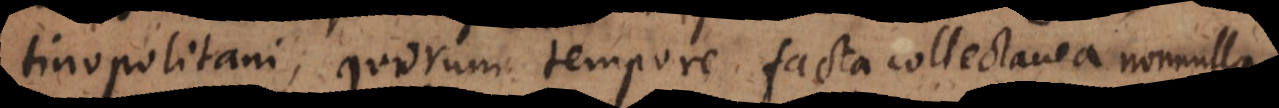
tinopolitani, quorum tempore facta collectanea